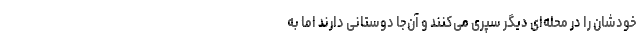
خودشان را در محله‌ای دیگر سپری می‌کنند و آن‌جا دوستانی دارند اما به